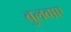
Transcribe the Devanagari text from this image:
बुलवाए